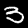
Label: 3